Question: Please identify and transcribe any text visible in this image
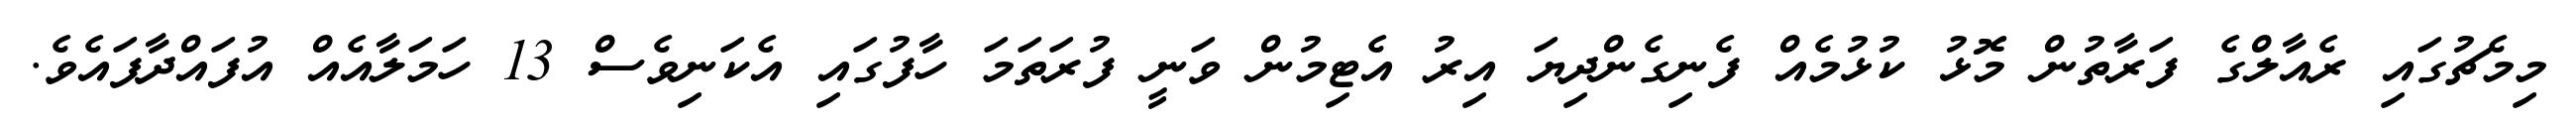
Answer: މިމެޗުގައި ރެއާލްގެ ފަރާތުން މޮޅު ކުޅުމެއް ފެނިގެންދިޔަ އިރު އެޓިމުން ވަނީ ފުރަތަމަ ހާފުގައި އެކަނިވެސް 13 ހަމަލާއެއް އުފައްދާފައެވެ.